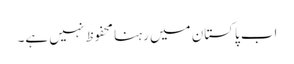
اب پاکستان میں رہنا محفوظ نہیں ہے۔